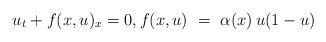
LaTeX: \begin{align*} u_{t}+f(x,u)_{x}=0, f(x,u)~=~\alpha(x)\, u(1-u) \end{align*}